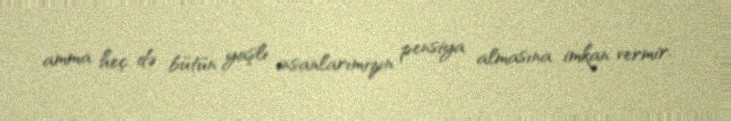
amma heç də bütün yaşlı insanlarımızın pensiya almasına imkan vermir.